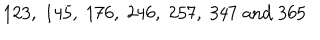
LaTeX: 1 2 3 , \; 1 4 5 , \; 1 7 6 , \; 2 4 6 , \; 2 5 7 , \; 3 4 7 \; \mathrm { a n d } \; 3 6 5